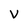
Character: V